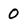
Character: 0